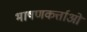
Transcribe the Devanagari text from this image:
भाषणकर्त्ताओं